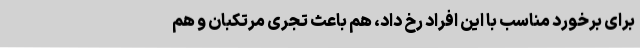
برای برخورد مناسب با این افراد رخ داد، هم باعث تجری مرتکبان و هم